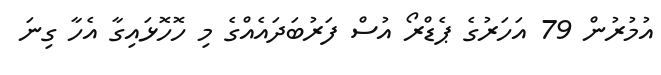
އުމުރުން 79 އަހަރުގެ ޕެޑްރޯ އުސް ފަރުބަދައެއްގެ މި ހޮހޮޅައިގާ އެހާ ގިނަ